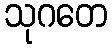
သုဂတေ